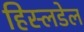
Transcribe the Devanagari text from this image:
हिस्लडेल